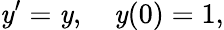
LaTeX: \mathit{y}^{\prime}=\mathit{y},\quad\mathit{y}(0)=1,